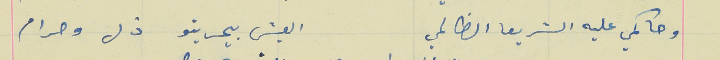
وحاكمي عليه الشريعا الظالمي                               العيش بيحريتو ذل وحرام